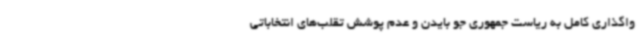
واگذاری کامل به ریاست جمهوری جو بایدن و عدم پوشش تقلب‌های انتخاباتی